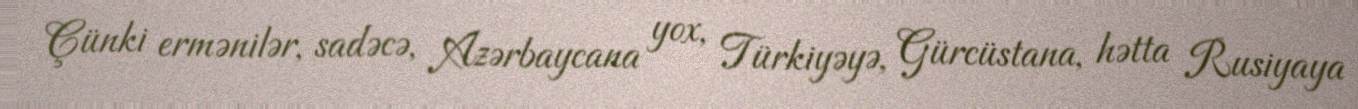
Çünki ermənilər, sadəcə, Azərbaycana yox, Türkiyəyə, Gürcüstana, hətta Rusiyaya